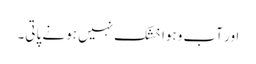
اور آب وہوا خشک نہیں ہونے پاتی۔